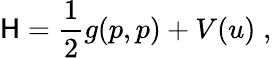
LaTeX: \mathsf{H}=\frac{{1}}{{2}}g(p,p)+V(u)\; ,